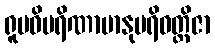
ရူပဝိပရိဏာမာနုပရိဝတ္တိဇာ